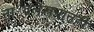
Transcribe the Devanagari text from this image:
नाट्यलेखनातही